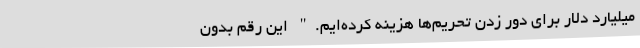
میلیارد دلار برای دور زدن تحریم‌ها هزینه کرده‌ایم." این رقم بدون